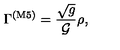
\Gamma ^ { ( \mathrm { M 5 } ) } = \frac { \sqrt g } { { \cal G } } \rho ,